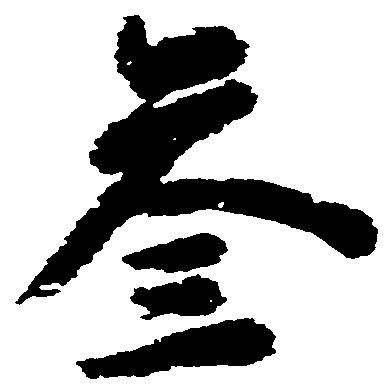
参